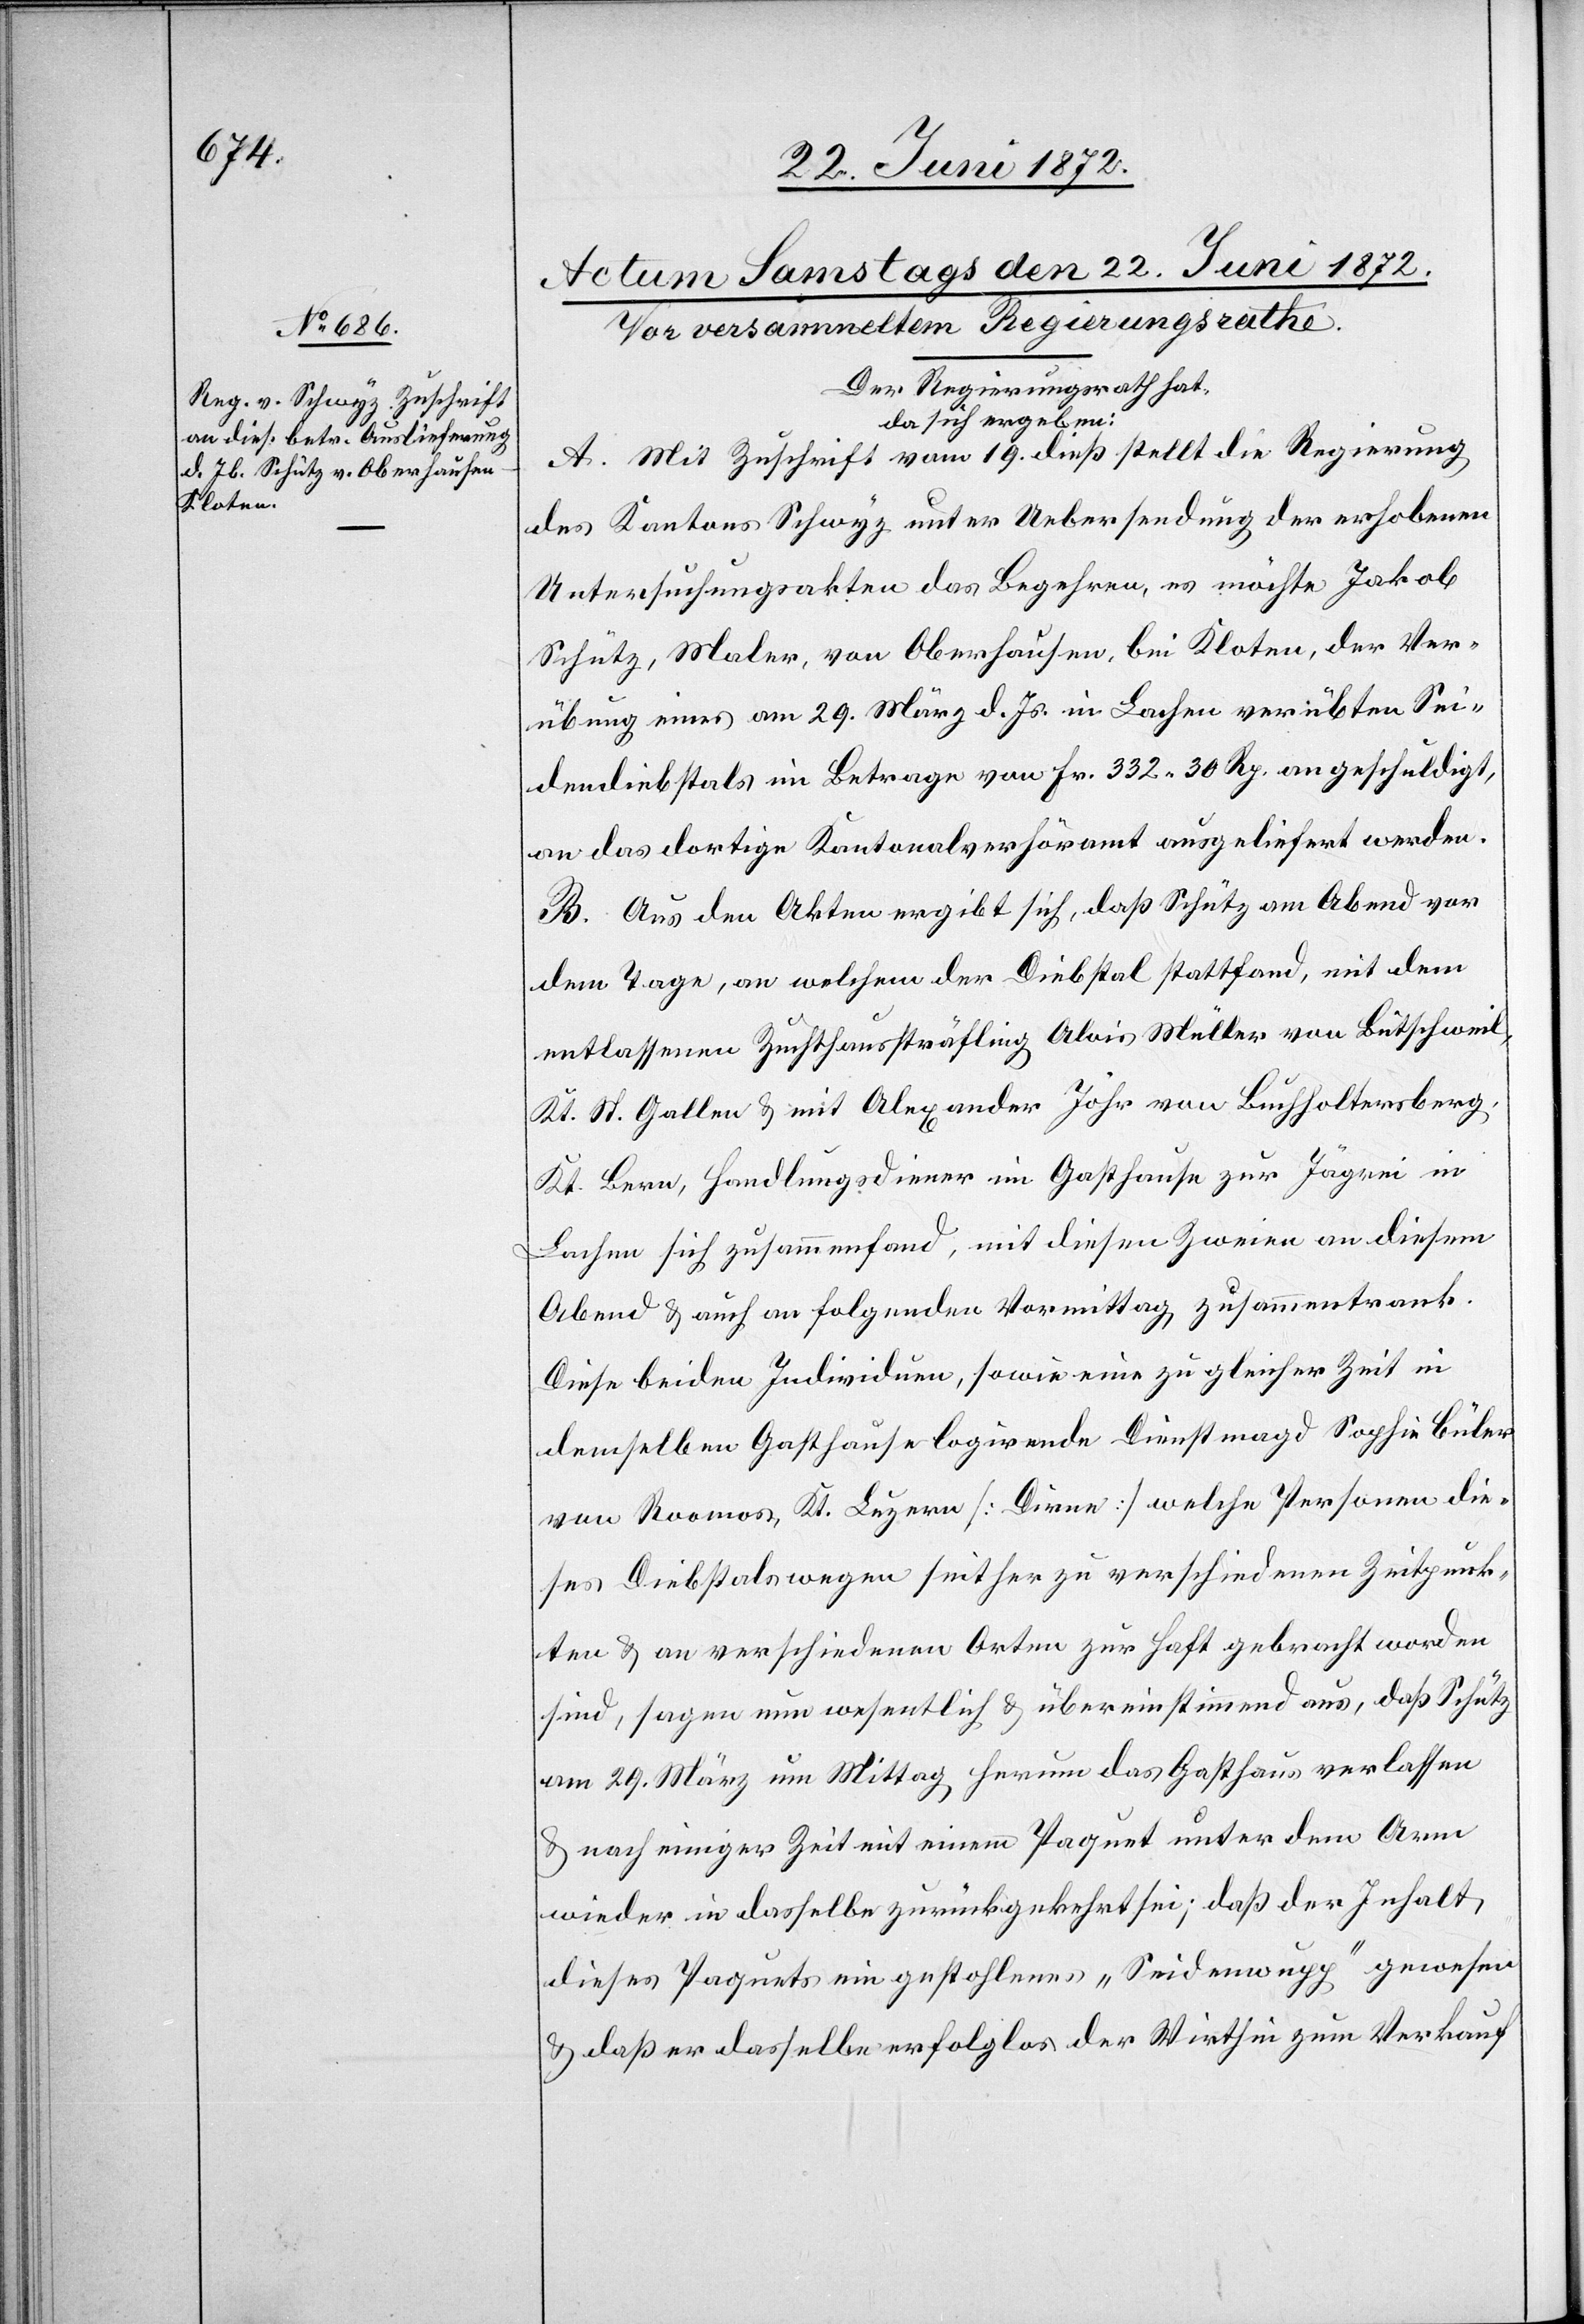
Der Regierungsrath hat,
da sich ergeben:
A. Mit Zuschrift vom 19. dieß stellt die Regierung
des Kantons Schwyz unter Uebersendung der erhobenen
Untersuchungsakten das Begehren, es möchte Jakob
Schütz, Maler, von Oberhausen, bei Kloten, der Ver¬
übung eines am 29. März d. Js. in Lachen verübten Sei¬
dendiebstals im Betrage von Fr. 332 30 Rp. angeschuldigt,
an das dortige Kantonalverhöramt ausgeliefert werden.
B. Aus den Akten ergibt sich, daß Schütz am Abend vor
dem Tage, an welchem der Diebstal stattfand, mit dem
entlassenen Zuchthaussträfling Alois Müller von Bütschweil,
Kt. St. Gallen u. mit Alexander Jöhr von Buchholtersberg,
Kt. Bern, Handlungsdiener im Gasthause zur Jägrei
Lachen sich zusammenfand, mit diesen Zweien an diesem
Abend u. auch an folgenden Vormittag zusammentrank
Diese beiden Individuen, sowie eine zu gleicher Zeit in
demselben Gasthause logirende Dienstmagd Sophie Büler
von Roomos, Kt. Luzern [Dirne] welche Personen die¬
ses Diebstals wegen seither zu verschiedenen Zeitpunk¬
ten u. an verschiedenen Orten zur Haft gebracht worden
sind, sagen nun wesentlich u. übereinstimmend aus, daß Schütz
am 29. März um Mittag herum das Gasthaus verlassen
u. nach einiger Zeit mit einem Paquet unter dem Arm
wieder in dasselbe zurückgekehrt sei; daß der Inhalt
dieses Paquets ein gestohlenes „Seidenwupp“ gewesen
u. daß er dasselbe erfolglos der Wirthin zum Verkauf